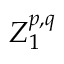
Z _ { 1 } ^ { p , q }